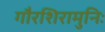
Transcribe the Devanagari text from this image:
गौरशिरामुनिः